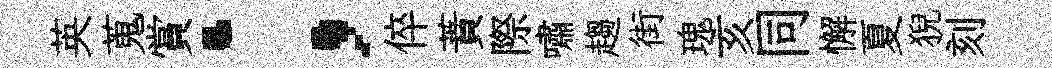
英蒐賞；倅蕡際嘯趨街瑰亥同懈夏猊刻